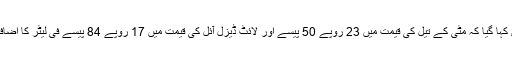
نوٹی فکیشن میں کہا گیا کہ مٹی کے تیل کی قیمت میں 23 روپے 50 پیسے اور لائٹ ڈیزل آئل کی قیمت میں 17 روپے 84 پیسے فی لیٹر کا اضافہ کیا جارہا ہے۔